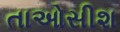
તાઓસીશ